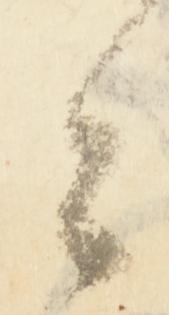
々